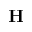
\mathbf { H }